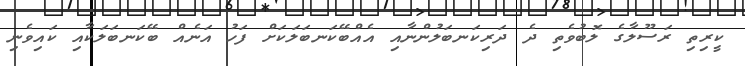
ކީރިތި ރަސޫލާގެ ލޮބުވެތި ދެ ދަރިކަނބަލުންނާއި އެއްބޭކަނބަލަކަށް ފަހު އަނެއް ބޭކަނބަލަކާއި ކައިވެނި